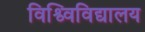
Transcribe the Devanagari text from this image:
विश्व्विविद्यालय